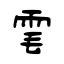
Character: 雮